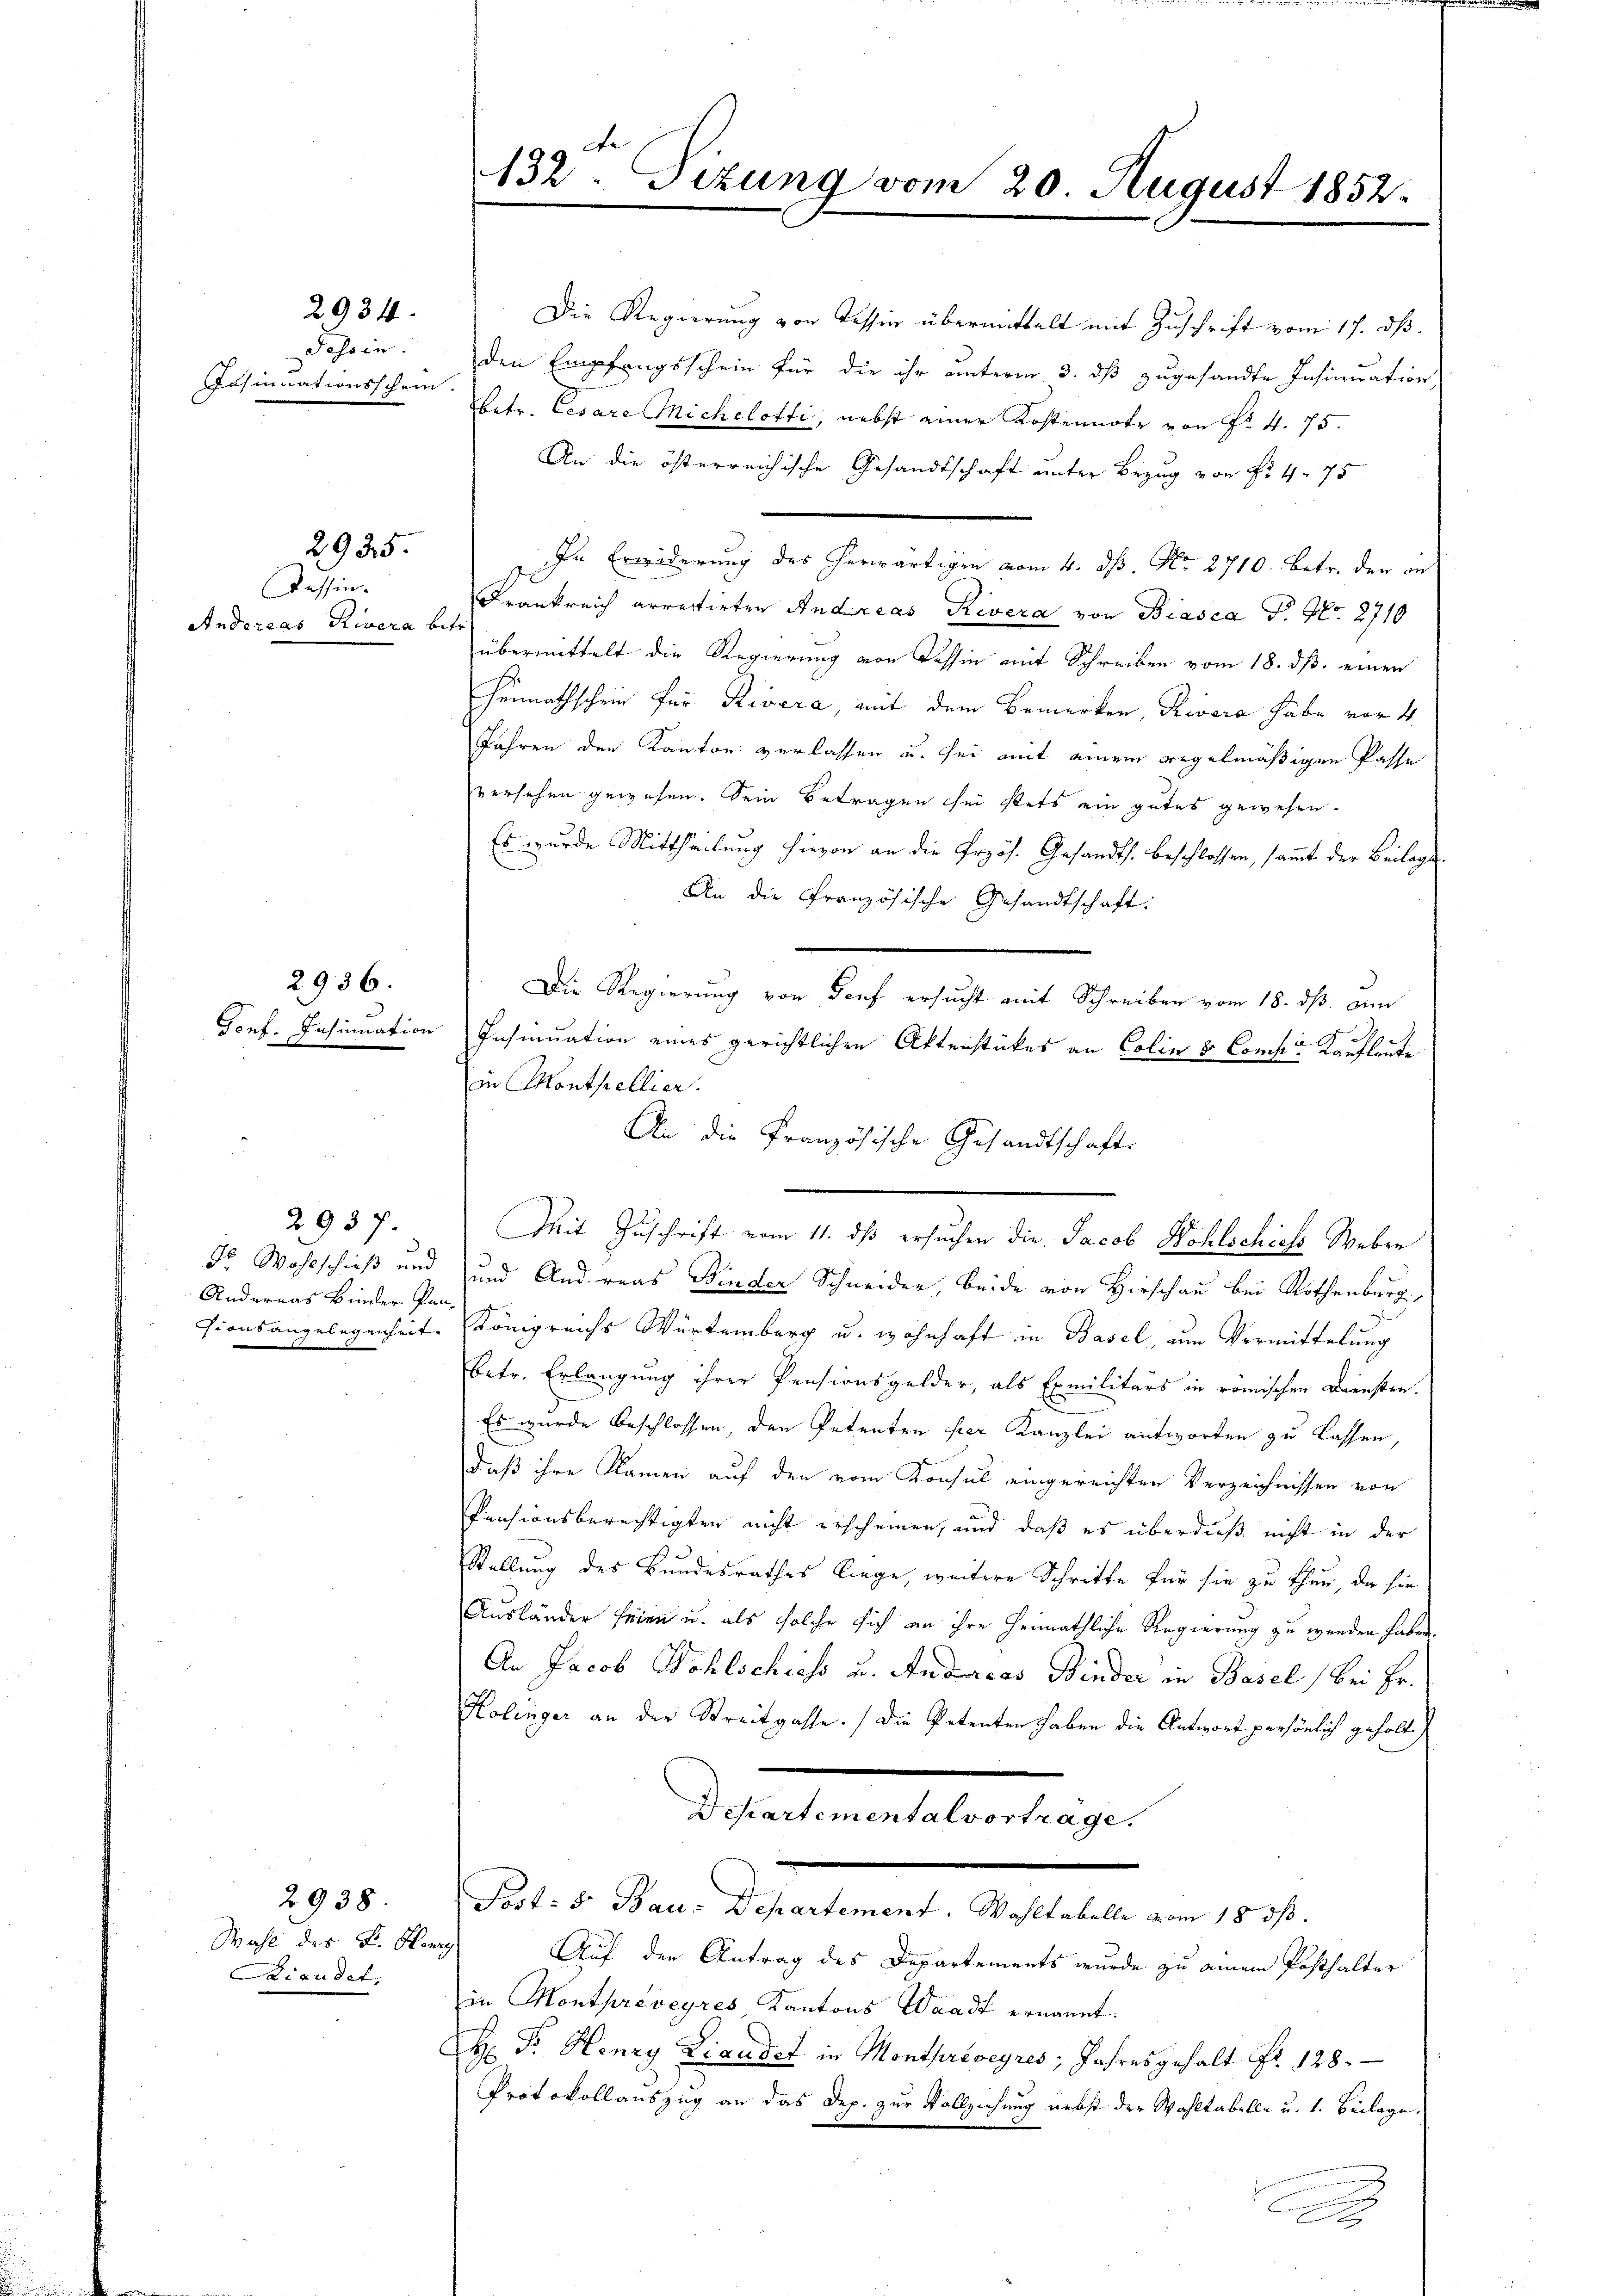
2934.
Tessin.
Insinuationsschein.

2935.

2937.
Andernas Kinder Pen-

Tessin.
Andereas Rivera betr.

2936.

2938.
Liandet,

Die Regierung von Tessin übermittelt mit Zuschrift vom 17. ds.
den Empfangsschein für die ihr unterm 3. ds zugesandte Insinuation
betr. Cesare Michelotti, nebst einer Kostennote von Nr. 4. 75.
An die österreichische Gesandtschaft unter Bezug von Fr. 4. 75
In Erwiderung des herwärtigen vom 4. ds. No. 2710. betr. den in
Frankreich arrectirten Andreas Rivera von Biasca P. Nr. 2710
übermittelt die Regierung von Tessin mit Schreiben vom 18. ds. einen
Heimathschein für Revera, mit dem Bemerken, Rivera habe vor 4
Jahren den Kanton verlassen u. sei mit einem regelmäßigen Pässe
versehen gewesen. Sein Betragen sei stets ein gutes gewesen.
Es wurde Mittheilung hievon an die Przös. Gesandts. beschlossen, sam̅t der Beilage
An die Französische Gesandtschaft.
Die Regierung von Torf ersucht mit Schreiben vom 18. ds. an
Gonf. Insinuation Insinuation eines gerichtlichen Aktenstückes an Colin 3 Confer Kaufleute
in Monthellier.
An die Französische Gesandtschafts
Mit Zuschrift vom 11. ds ersuchen die Jacob Wohlschichs Weber
dr Wohlschieß und und Andreas Binder Schneider, beide von Hirschau bei Rothenburg,
sionsangelegenheit. Königreichs Würtemberg u. wohnhaft in Basel, um Vermittelung
betr. Erlangung ihrer Pensionsgelder, als Ermilitärs in römischen Diensten.
Es wurde beschlossen, den Petenten per Kanzlei antworten zu lassen,
daß ihre Namen auf den vom Konsul eingereichten Verzeichnissen von
Pensionsberechtigten nicht erscheinen, und daß es überdieß nicht in der
Stellung des Bundesrathes liege, weitere Schritte für sie zu thun, da sie
Ausländer seien u. als solche sich an ihre Heimathliche Regierung zu wenden haben.
An Jacob Wohlschiess u. Andreas Binder in Basel bei Fr.
Kolinger an der Streitgasse. Die Petenten haben die Antwort persönlich geholt.
Departemental vortrage.
Fort: 5. Bau-Departement. Wahltabelle vom 18. ds.
Wahl des L. Vor Auf der Antrag des Departements wurde zu einem Posthalter
in Monthreveyres Kantons Waadt ernannt.
H Dr. Henry Liaudit in Monthroeyres, Jahres gehalt Nr. 128.
Protokollauszug an das Dep. zur Vollziehung nebst der Wahltabelle u. 1. Beilage.
n
2

132. Sizung vom 20. August 1852.